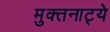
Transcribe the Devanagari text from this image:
मुक्‍तनाट्ये